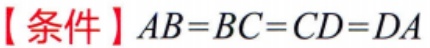
【条件】\(AB = BC = CD = DA\)